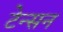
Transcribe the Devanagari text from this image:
टेन्सन